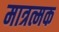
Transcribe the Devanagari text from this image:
मात्रत्मक